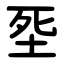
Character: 㘸